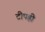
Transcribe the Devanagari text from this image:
टीपही